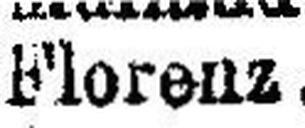
Florenz